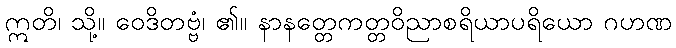
ဣတိ၊ သို့။ ဝေဒိတဗ္ဗံ၊ ၏။ နာနတ္တေကတ္တဝိညာစရိယာပရိယော ဂဟဏ